Lunatic asylums Bombay report 1878-1890 - 1878-1890
Year: 1878
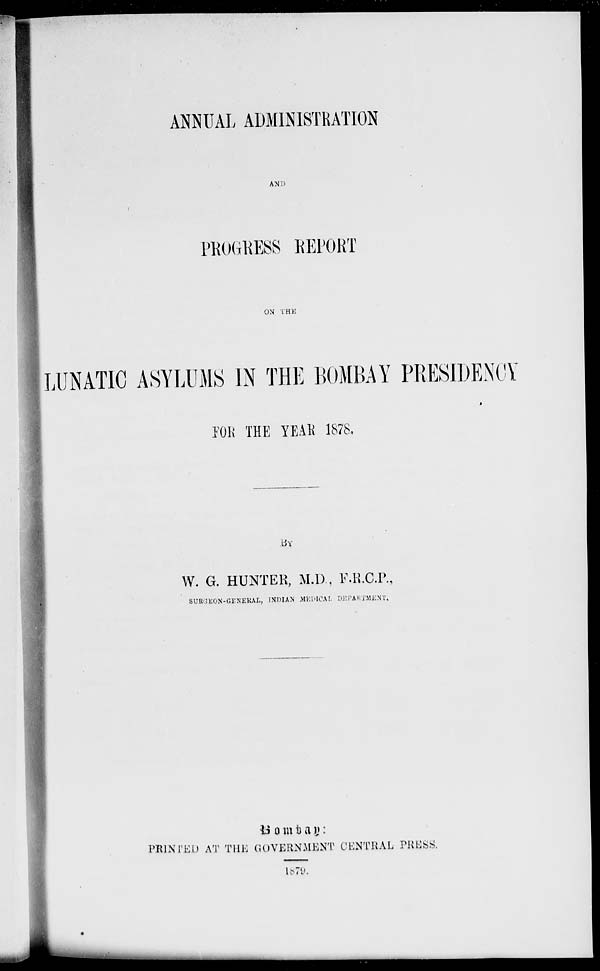
ANNUAL ADMINISTRATION
AND
PROGRESS REPORT
ON THE
LUNATIC ASYLUMS IN THE BOMBAY PRESIDENCY
FOR THE YEAR 1878.
BY
W. G. HUNTER, M.D., F.R.C.P.,
SURGEON-GENERAL, INDIAN MEDICAL DEPARTMENT.
B o m b a y :
PRINTED AT THE GOVERNMENT CENTRAL PRESS.
1879.